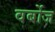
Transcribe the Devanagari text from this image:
वर्बोज